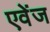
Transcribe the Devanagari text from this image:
एवेंज